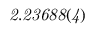
\it { 2 . 2 3 6 8 8 ( 4 ) }